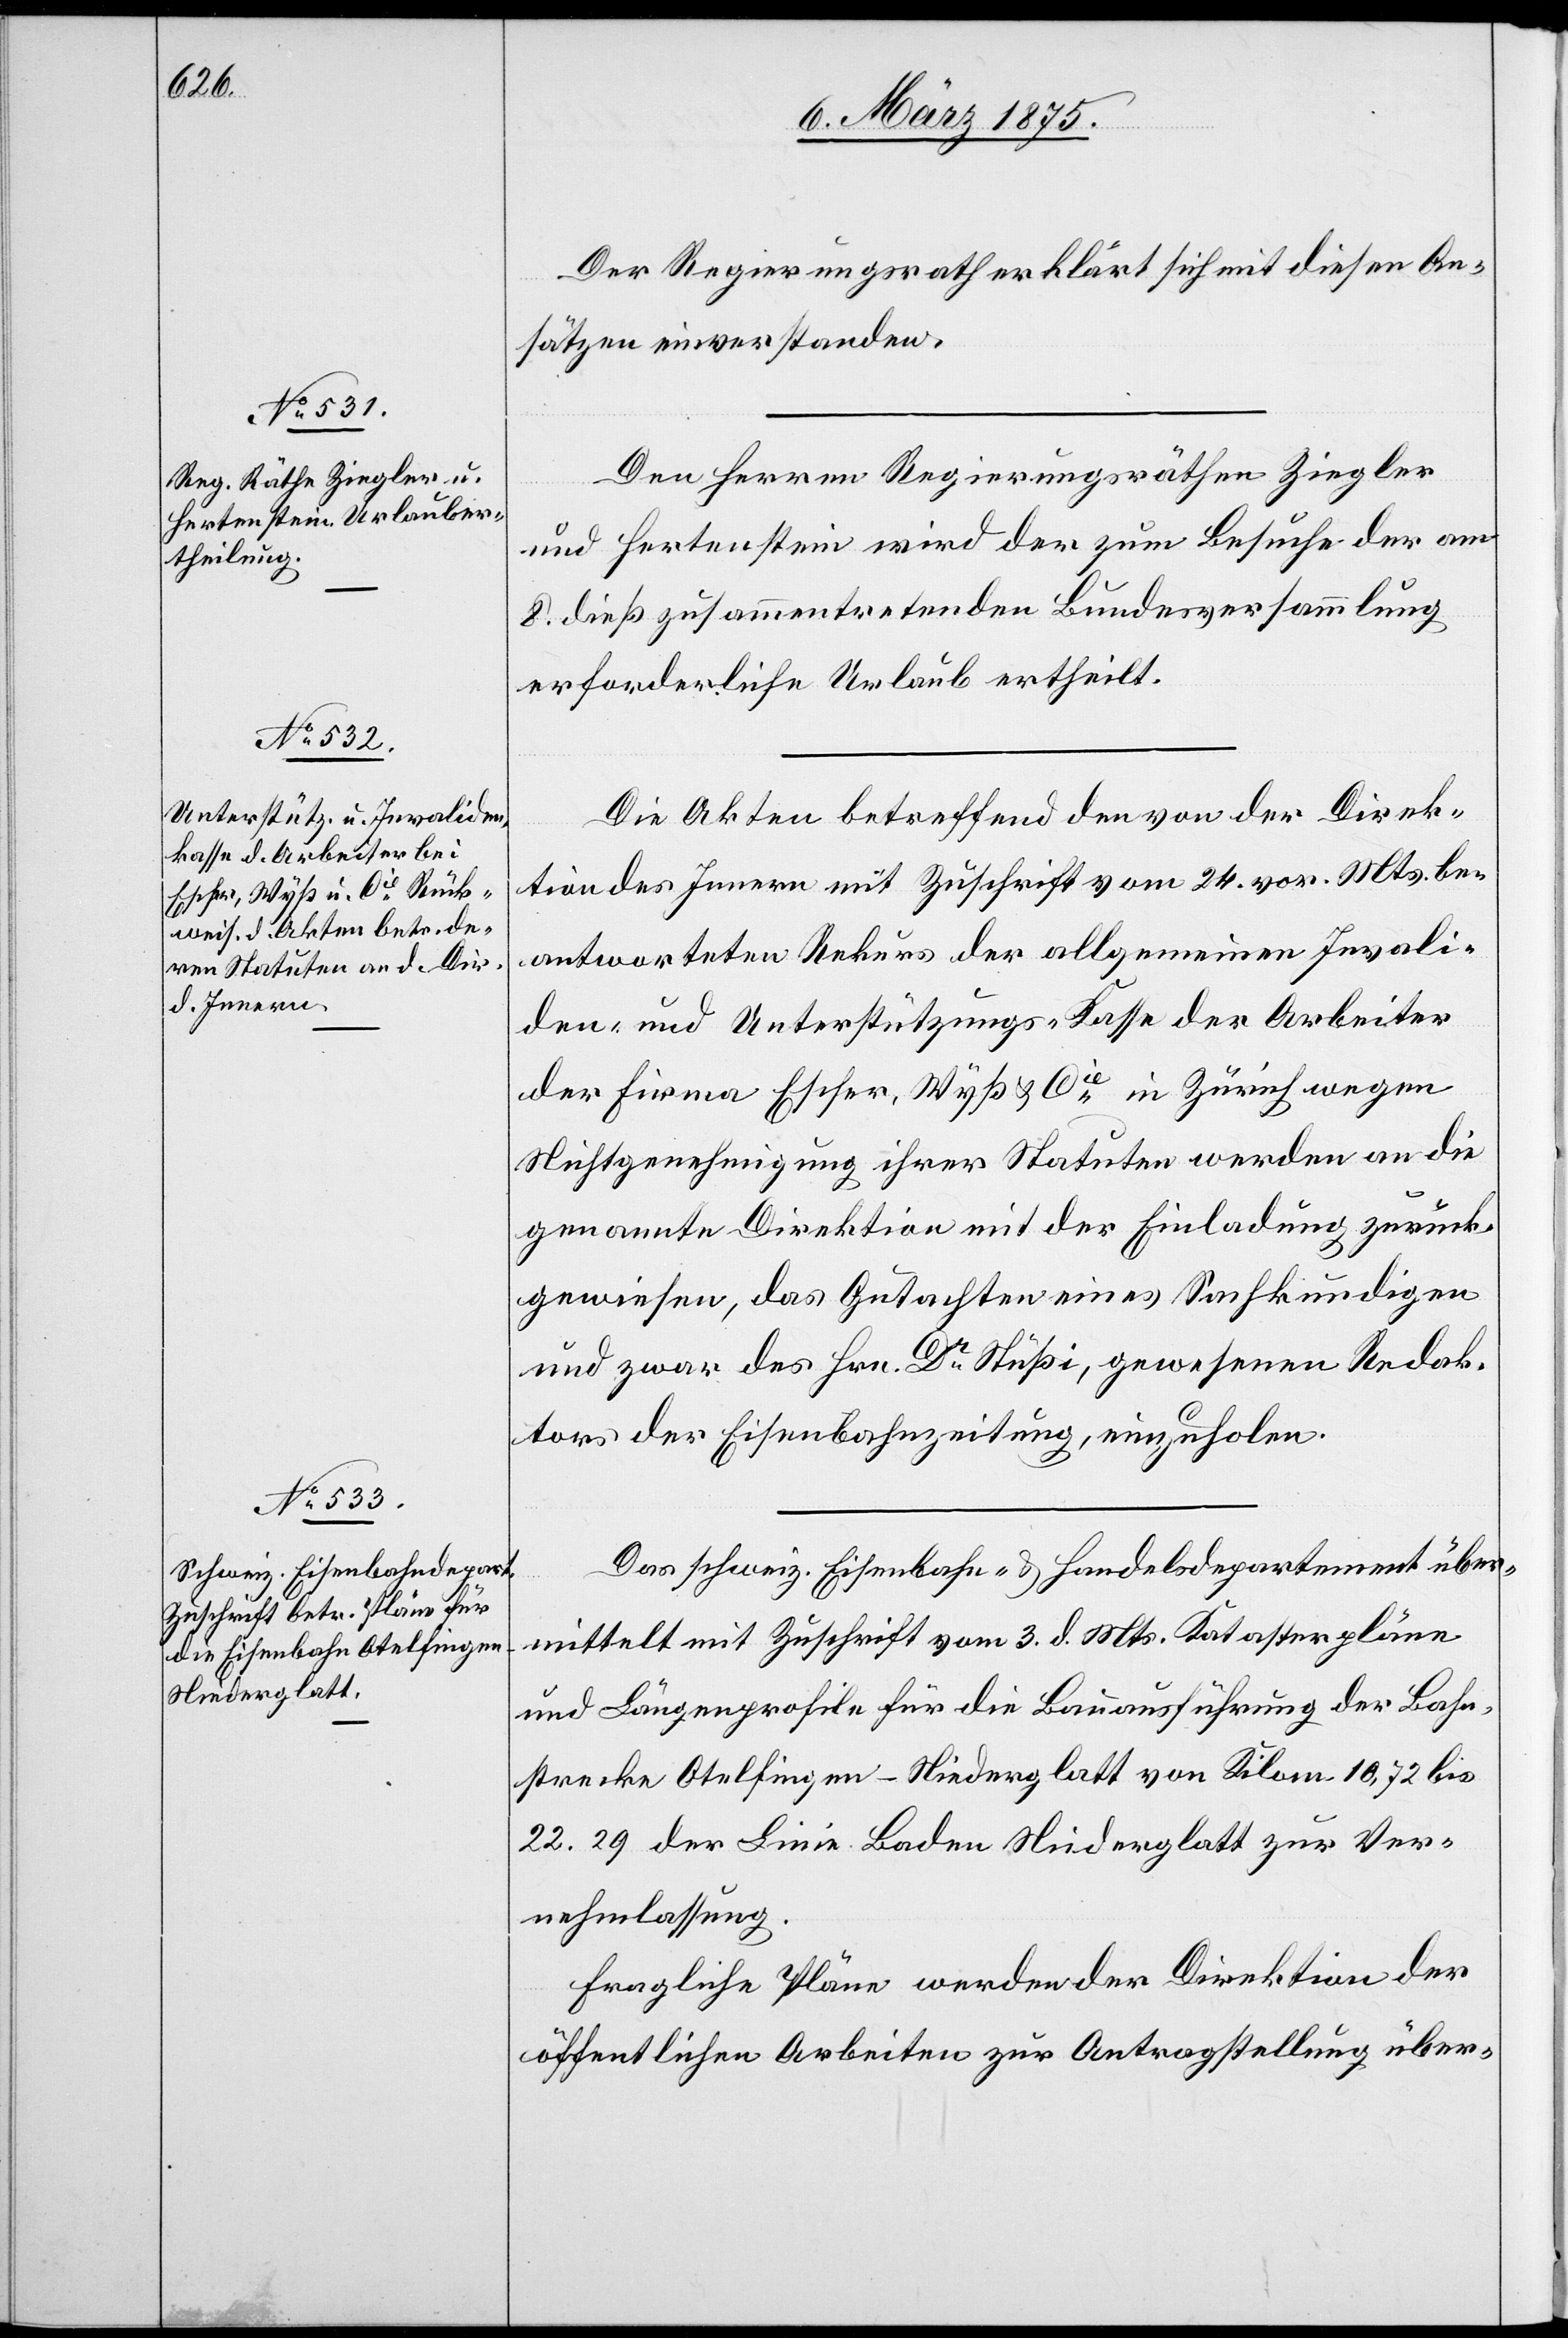
Der Regierungsrath erklärt sich mit diesen An¬
sätzen einverstanden.
Den Herren Regierungsräthen Ziegler
und Hertenstein wird der zum Besuche der am
8. dieß zusammentretenden Bundesversammlung
erforderliche Urlaub ertheilt.
Die Akten betreffend den von der Direk¬
tion des Innern mit Zuschrift vom 24. vor. Mts. be¬
antworteten Rekurs der allgemeinen Invali¬
den, und Unterstützungs-Kasse der Arbeiter
der Firma Escher, Wyß & Cie in Zürich wegen
Nichtgenehmigung ihrer Statuten werden an die
genannte Direktion mit der Einladung zurück¬
gewiesen, das Gutachten eines Sachkundigen
und zwar des Hrn. D. Stüßi, gewesenen Redak¬
tors der Eisenbahnzeitung, einzuholen.
Das schweiz. Eisenbahn- & Handelsdepartement über¬
mittelt mit Zuschrift vom 3. d. Mts. Katasterpläne
und Längenprofile für die Bauausführung der Bahn¬
strecke Otelfingen–Niederglatt von Kilom. 10,72 bis
22.29 der Linie Baden Niederglatt zur Ver¬
nehmlassung.
Fragliche Pläne werden der Direktion der
öffentlichen Arbeiten zur Antragstellung über-